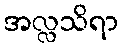
အလ္လသိရာ